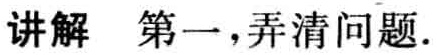
讲解 第一，弄清问题.